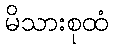
မိသားစုထံ